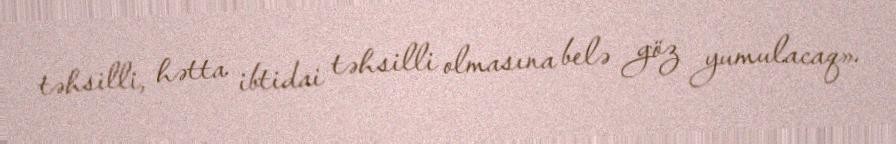
təhsilli, hətta ibtidai təhsilli olmasına belə göz yumulacaq».